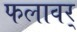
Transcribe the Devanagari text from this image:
फलावर्